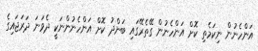
އަންހެނުން ނިކަމެތި ކޮށް އަންހެނުން ގޭތެރޭގައި ބަންދު ކޮށް އަންހެނުންނަކީ ދެވަނަ ދަރަޖައިގެ